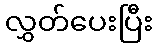
လွှတ်ပေးပြီး